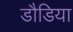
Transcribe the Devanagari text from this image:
डौडिया